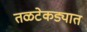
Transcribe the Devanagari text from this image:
तळटेकड्यात